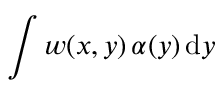
\int w ( x , y ) \, \alpha ( y ) \, \mathrm { d } y